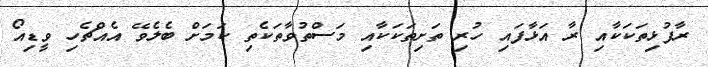
ރާފުޅިތަކަކާއި ރާ އަޅާފައި ހުރި ތަށިތަކަކާއި މަސްތުވާތަކެތި ކަމަށް ބެލެވޭ އެއްޗެހި ވީޑިއޯ